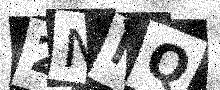
Text: 2NMQ